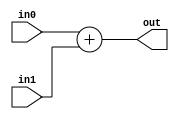
// EECE3324 
// Computer Architecture
// Final Project
// Kevin Wong & Jonathan Marrero

// Module for 32 bit adder.

module Adder(in0, in1, out);
  input [31:0] in0, in1;    // Input [31-0]
  output reg [31:0] out;    // Output [1-0]
  
  // Adder Operation
  always @ (in0 or in1) begin
    out = in0 + in1;
  end
  
endmodule